Bombay plague: being a history of the progress of plague in the Bombay presidency from September 1896 to June 1899
Year: 1896
Disease focus: Plague
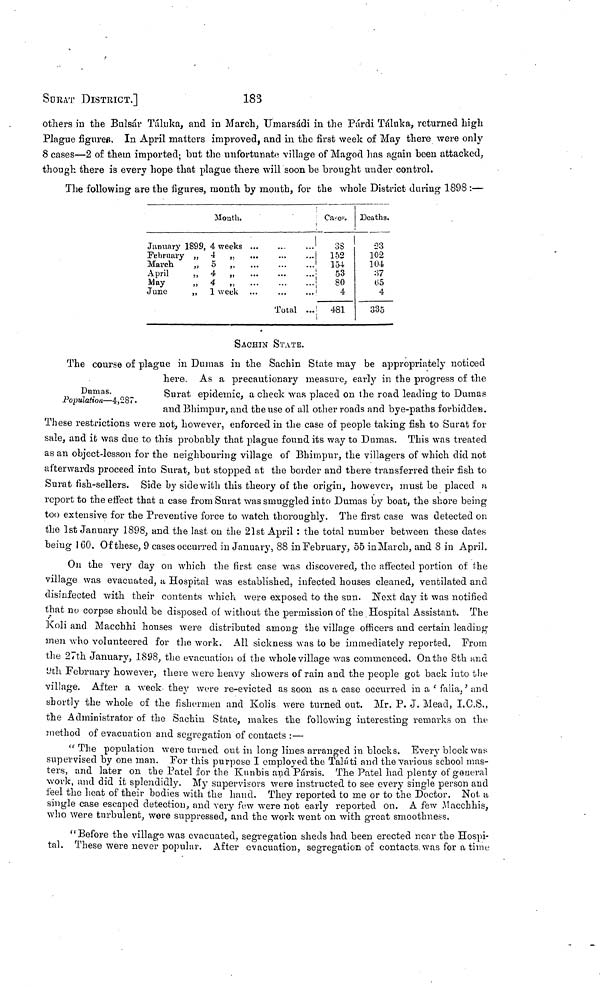
SURAT DISTRICT.]
183
others in the Bulsár Táluka, and in March, Umarsádi in the Párdi Táluka, returned high
Plague figures. In April matters improved, and in the first week of May there were only
8 cases—2 of them imported; but the unfortunate village of Magod has again been attacked,
though there is every hope that plague there will soon be brought under control.
The following are the figures, mouth by month, for the whole District during 1898 :—
Mouth.
January 1899, 4 weeks
February ,, 4 „
March
,,
5
„
April
,,
4 „
May
,,
4 „
June
,,
1 week
...
...
...
...
...
...
...
...
...
...
Total ... ...
i
Cases.
38
152
154
53
80
4
481
Deaths.
23
102
104
37
05
4
335
Dumas.
Population—4,287.
SACHIN STATE.
The course of plague in Dumas in the Sachin State may be appropriately noticed
here. As a precautionary measure, early in the progress of the
Surat epidemic, a check was placed on the road leading to Dumas
and Bhimpur, and the use of all other roads and bye-paths forbidden.
These restrictions were not, however, enforced in the case of people taking fish to Surat for
sale, and it was due to this probably that plague found its way to Dumas. This was treated
as an object-lesson for the neighbouring village of Bhimpur, the villagers of which did not
afterwards proceed into Surat, but stopped at the border and there transferred their fish to
Surat fish-sellers. Side by side with this theory of the origin, however, must be placed a
report to the effect that a case from Surat was smuggled into Dumas by boat, the shore being
too extensive for the Preventive force to watch thoroughly. The first case was detected on
the 1st January 1898, and the last on the 21st April : the total number between these dates
being 160. Of these, 9 cases occurred in January, 88 in February, 55 in March, and 8 in April.
On the very day on which the first case was discovered, the affected portion of the
village was evacuated, a Hospital was established, infected houses cleaned, ventilated and
disinfected with their contents which were exposed to the sun. Next day it was notified
that no corpse should be disposed of without the permission of the Hospital Assistant. The
Koli and Macchhi houses were distributed among the village officers and certain leading
men who volunteered for the work. All sickness was to be immediately reported. From
the 27th January, 1898, the evacuation of the whole village was commenced. On the 8th and
9th February however, there were heavy showers of rain and the people got back into the
village. After a week they were re-evicted as soon as a case occurred in a 'falia,' and
shortly the whole of the fishermen and Kolis were turned out. Mr. P. J. Mead, I.C.S.,
the Administrator of the Sachin State, makes the following interesting remarks on the
method of evacuation and segregation of contacts :—
"The population were turned out in long lines arranged in blocks. Every block was
supervised by one man. For this purpose I employed the Taláti and the various school mas-
ters, and later on the Patel for the Kunbis and Párais. The Patel had plenty of general
work, and did it splendidly. My supervisors were instructed to see every single person and
feel the heat of their bodies with the hand. They reported to me or to the Doctor. Not a
single case escaped detection, and very few were not early reported on. A few ,Macchhis,
who were turbulent, were suppressed, and the work went on with great smoothness.
"Before the village was evacuated, segregation sheds had been erected near the Hospi-
tal. These were never popular. After evacuation, segregation of contacts, was for a time